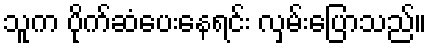
သူက ပိုက်ဆံပေးနေရင်း လှမ်းပြောသည်။